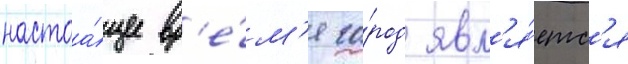
настоа́щее вр'е́м'я го́род явл'я́етс'я